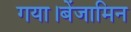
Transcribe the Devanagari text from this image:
गया।बेंजामिन